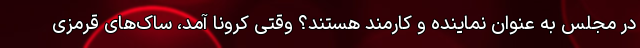
در مجلس به عنوان نماینده و کارمند هستند؟ وقتی کرونا آمد، ساک‌های قرمزی